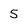
Character: 5